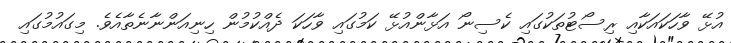
އުޅޭ ވާހަކައަކާއި ރިސޯޓުތަކުގައި ކެސިނޯ އަޅާންއުޅޭ ކަމުގައި ވާހަކަ ދެއްކުމުން ހިނިއަންނާނެތާއެވެ. މިގައުމުގައި